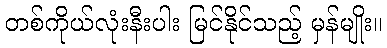
တစ်ကိုယ်လုံးနီးပါး မြင်နိုင်သည့် မှန်မျိုး။